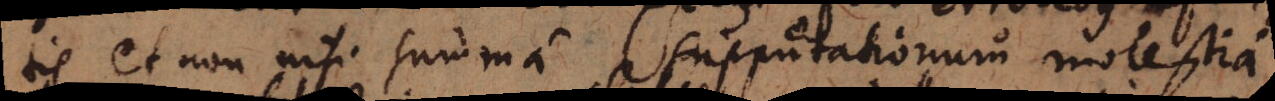
tis et non nisi summa supputationum molestia